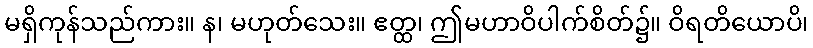
မရှိကုန်သည်ကား။ န၊ မဟုတ်သေး။ ဧတ္ထ၊ ဤမဟာဝိပါက်စိတ်၌။ ဝိရတိယောပိ၊